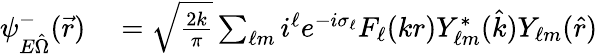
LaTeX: \begin{array}{rl}{\psi_{E\hat{\Omega}}^{-}(\vec{r})}&{{}=\sqrt{\frac{2k}{\pi}}\sum_{\ell m}i^{\ell}e^{-i\sigma_{\ell}}F_{\ell}(kr)Y_{\ell m}^{*}(\hat{k})Y_{\ell m}(\hat{r})}\end{array}